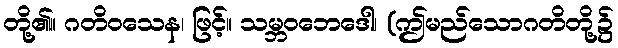
တို့၏။ ဂတိဝသေန၊ ဖြင့်။ သမ္ဘဝဘေဒေါ၊ (ဤမည်သောဂတိတို့၌